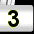
Digit: 3